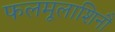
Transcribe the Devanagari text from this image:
फलमूलाशिनौ